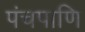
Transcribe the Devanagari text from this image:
पंचपाणि